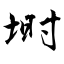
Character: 埘